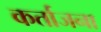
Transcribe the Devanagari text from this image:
कर्ताजना